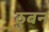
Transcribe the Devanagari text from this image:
ठुबन